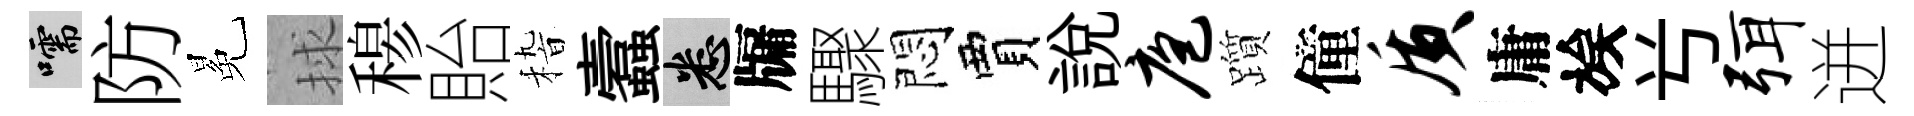
嚅防冕捄𥠇貽𥟵蠧悉牖驟悶賈説庖躓僮质庸族𠔃弭迸